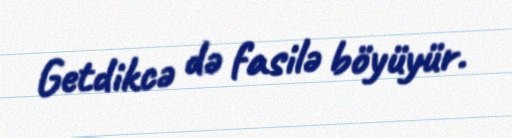
Getdikcə də fasilə böyüyür.